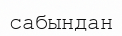
сабындан